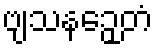
ဗျသနဉှေတံ